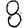
Digit: 8